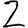
Digit: 2